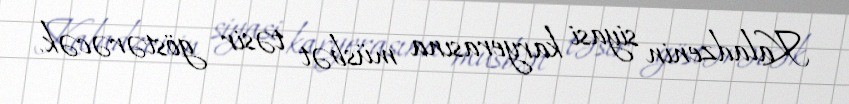
Kaladzenin siyasi karyerasına müsbət təsir göstərəcək.